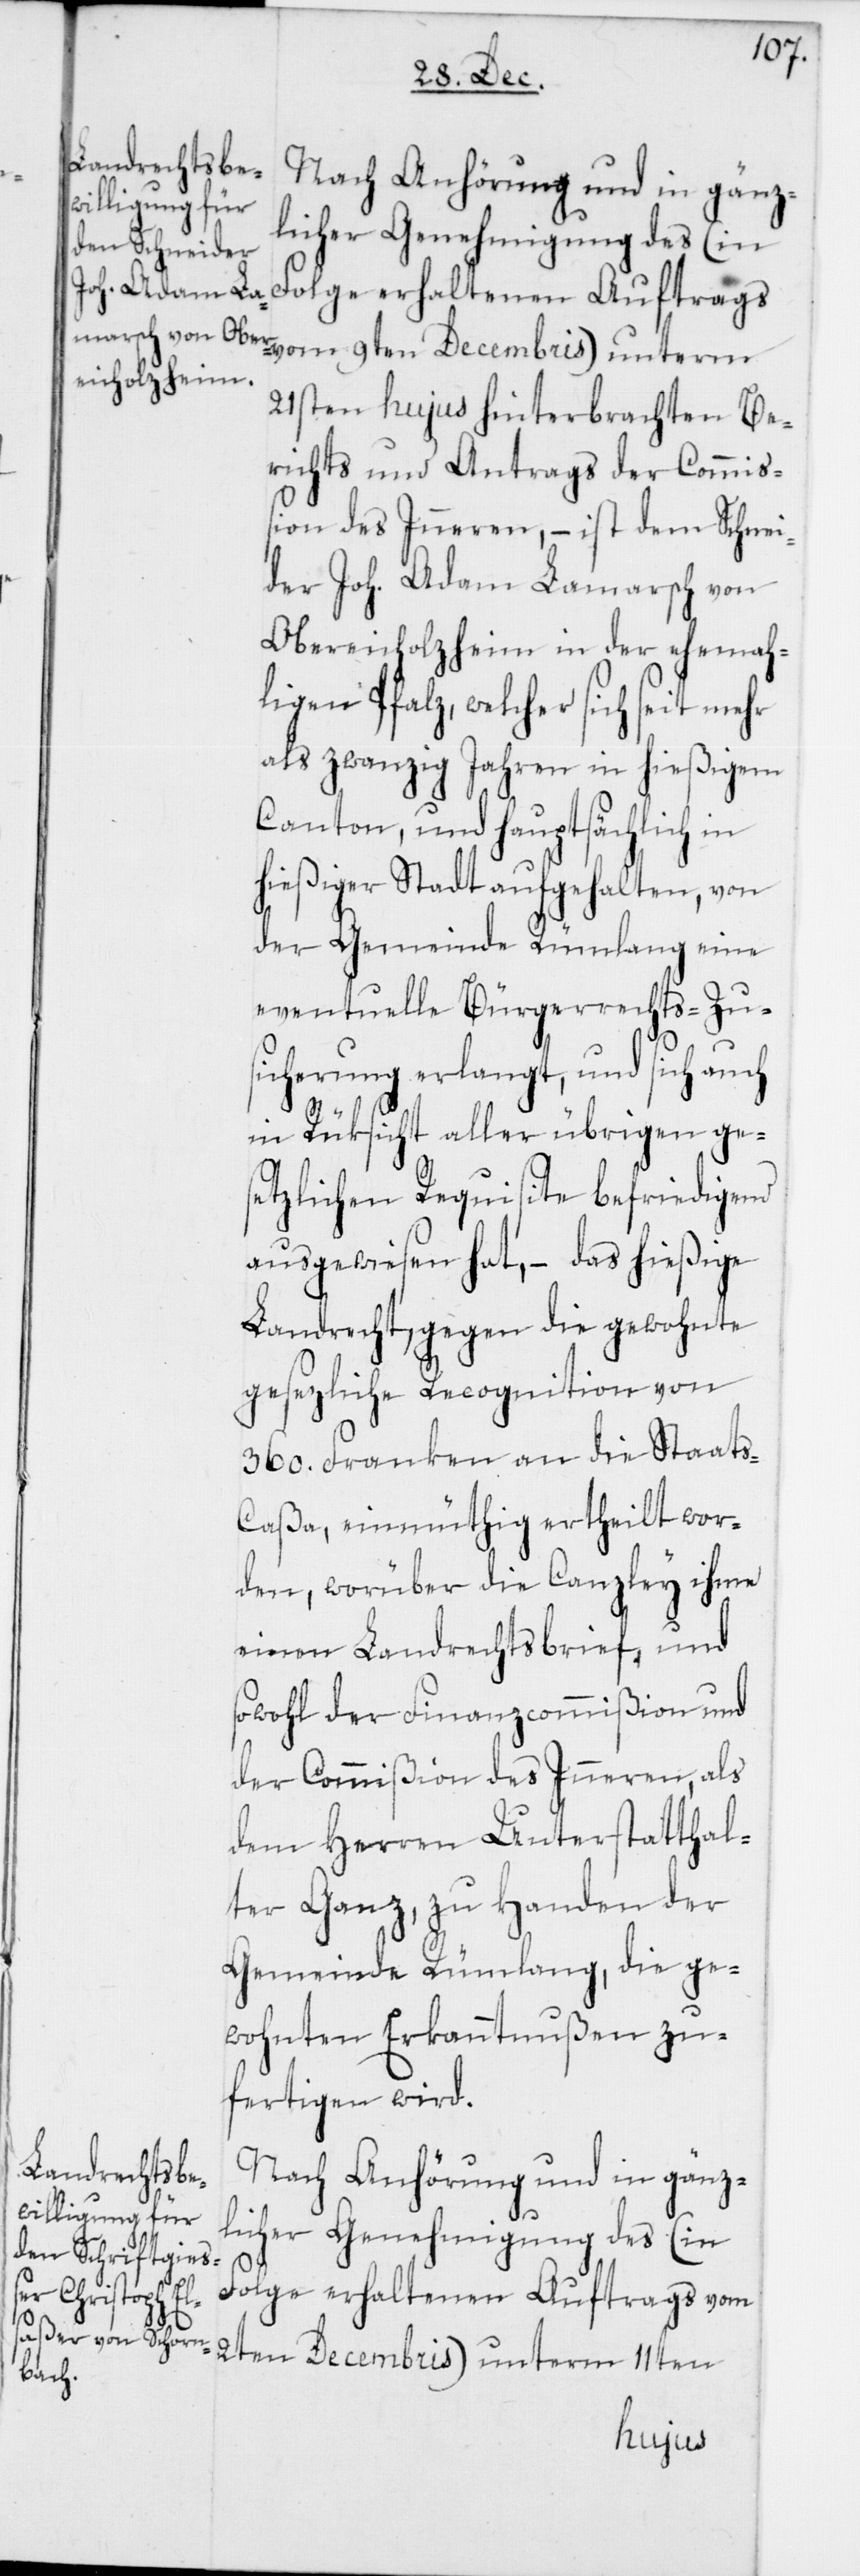
21sten hujus hinterbrachten Be¬
richts und Antrags der Commiß¬
ion des Inneren, – ist dem Schnei¬
der Joh. Adam Lamarsch von
Obereicholzheim in der ehemah¬
ligen Pfalz, welcher sich seit mehr
als zwanzig Jahren in hießigem
Canton, und hauptsächlich in
hießiger Stadt aufgehalten, von
der Gemeinde Rümlang eine
eventuelle Bürgerrechts-Zu¬
sicherung erlangt, und sich auch
in Rüksicht aller übrigen ge¬
setzlichen Requisite befriedigend
ausgewiesen hat, – das hießige
Landrecht, gegen die gewohnte
gesezliche Recognition von
360. Franken an die Staat¬
s-Caßa, einmüthig ertheilt wor¬
den, worüber die Canzley ihme
einen Landrechtsbrief, und
sowohl der Finanzcommißion und
der Commißion des Inneren, als
dem Herren Unterstatthal¬
ter Ganz, zu Handen der
Gemeinde Rümlang, die ge¬
wohnten Erkanntnußen zu¬
fertigen wird.
Nach Anhörung und in gänz¬
licher Genehmigung des (in
Folge erhaltenen Auftrags vom
2ten Decembris) unterm 11ten